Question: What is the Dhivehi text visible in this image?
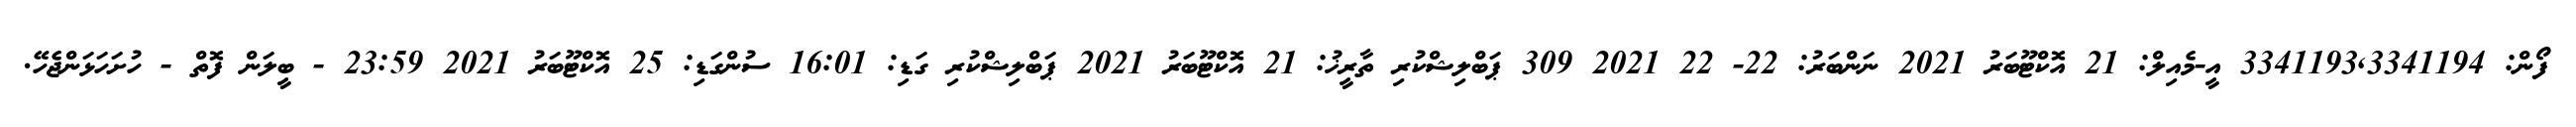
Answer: ފޯން: 3341193,3341194 އީ-މެއިލް: 21 އޮކްޓޫބަރު 2021 ނަންބަރު: 22- 22 2021 309 ޕަބްލިޝްކުރި ތާރީޚު: 21 އޮކްޓޫބަރު 2021 ޕަބްލިޝްކުރި ގަޑި: 16:01 ސުންގަޑި: 25 އޮކްޓޫބަރު 2021 23:59 - ބީލަން ފޮތް - ހުށަހަޅަންޖެހޭ.